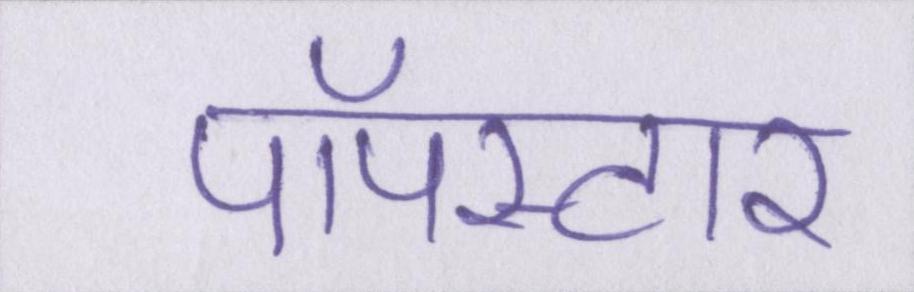
पॉपस्टार